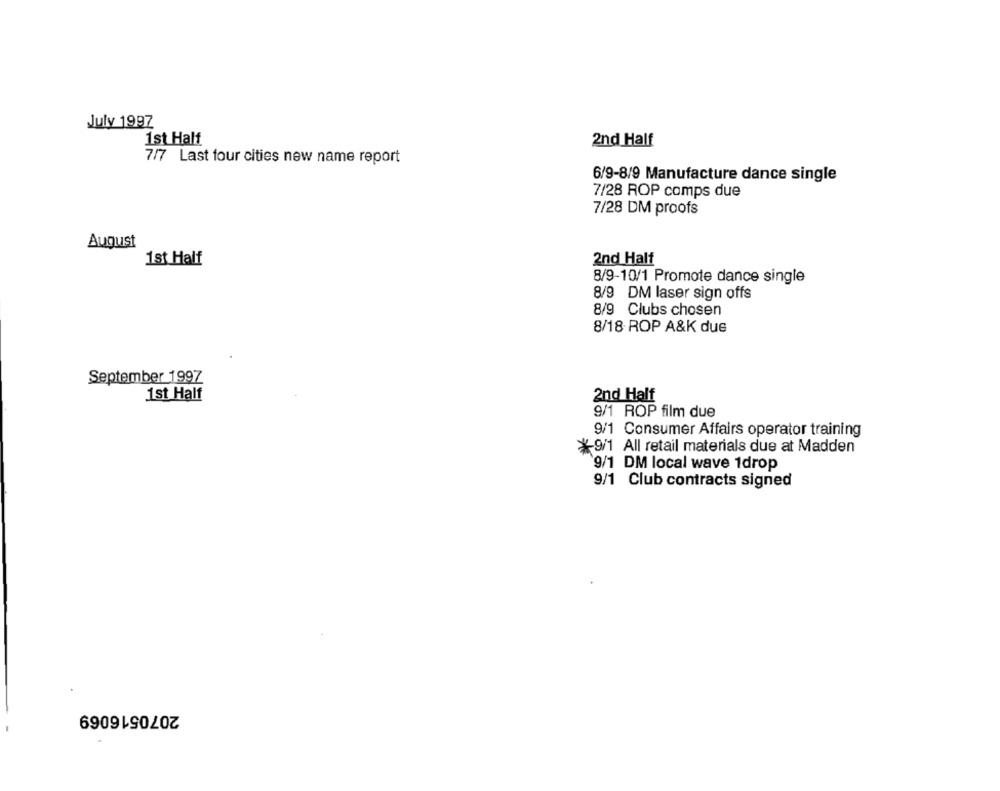
July 1997
1st Half
2nd Half
7/7 Last four cities new name report
6/9-8/9 Manufacture dance single
7/28 ROP comps due
7/28 DM proofs
August
1st Half
2nd Halt
8/9-10/1 Promote dance single
8/9 DM laser sign offs
8/9 Clubs chosen
8/18 ROP A&K due
September 1997
1st Half
2nd Half
9/1 ROP film due
9/1 Consumer Affairs operator training
*9/1 All retail materials due at Madden
9/1 DM local wave 1drop
9/1 Club contracts signed
2070516069